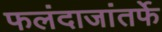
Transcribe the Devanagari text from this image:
फलंदाजांतर्फे